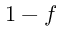
1 - f